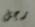
رجل